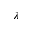
\lambda